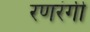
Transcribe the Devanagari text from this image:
रणरंगी